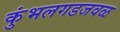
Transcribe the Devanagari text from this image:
कुंभलगडजवळ